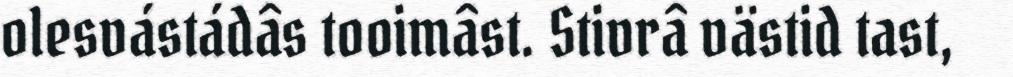
olesvástádâs tooimâst. Stivrâ västid tast,